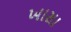
ખાસા